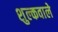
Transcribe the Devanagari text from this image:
शुल्कवाले